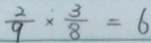
\frac { 2 } { 9 } \times \frac { 3 } { 8 } = 6